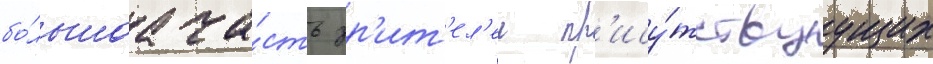
бо́льшаа ча́сть зр'ит'ел'еи пр'ису́тствуущих